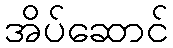
အိပ်ဆောင်